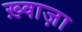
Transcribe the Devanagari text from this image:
ख़्वाज़ा